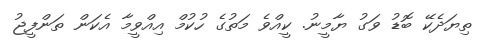
ތިޔަދެކޭ ބޮޑު ވަގު ޔާމީނު. ކީއްވެ މަތުގެ ހުކުމް އިއްވީމާ އެކަން ތަންފީޖު